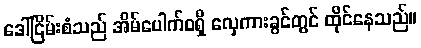
ဒေါ်ငြိမ်းစံသည် အိမ်ပေါက်ဝရှိ လှေကားခွင်တွင် ထိုင်နေသည်။